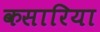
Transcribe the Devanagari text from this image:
कसारिया